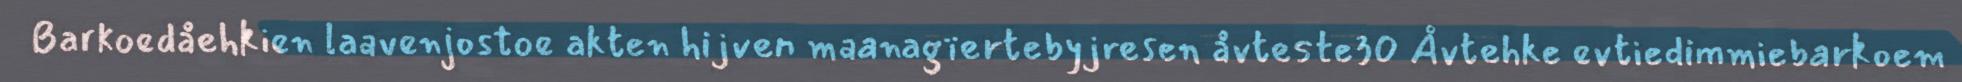
Barkoedåehkien laavenjostoe akten hijven maanagïertebyjresen åvteste30 Åvtehke evtiedimmiebarkoem